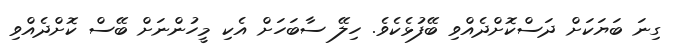
ގިނަ ބަޔަކަށް ދަސްކޮށްދެއްވި ބޭފުޅެކެވެ. ހިލޭ ސާބަހަށް އެކި މީހުންނަށް ބޭސް ކޮށްދެއްވި